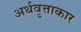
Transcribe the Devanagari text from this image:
अर्थवृत्ताकार